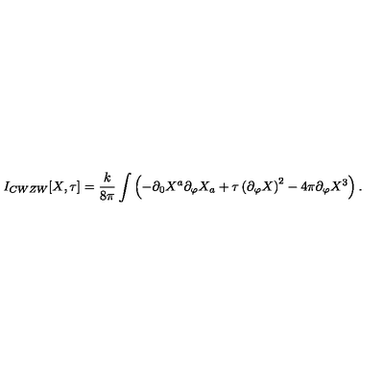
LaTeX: I _ { C W Z W } [ X , \tau ] = \frac { k } { 8 \pi } \int \left( - \partial _ { 0 } X ^ { a } \partial _ { \varphi } X _ { a } + \tau \left( \partial _ { \varphi } X \right) ^ { 2 } - 4 \pi \partial _ { \varphi } X ^ { 3 } \right) .